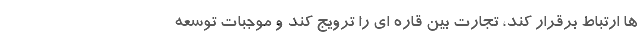
ها ارتباط برقرار کند، تجارت بین قاره ای را ترویج کند و موجبات توسعه